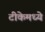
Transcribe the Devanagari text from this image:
टीकेमध्ये